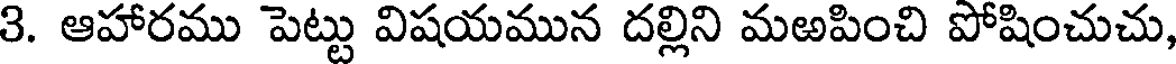
3. ఆహారము పెట్టు విషయమున దల్లిని మఱపించి పోషించుచు,